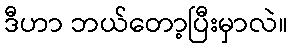
ဒီဟာ ဘယ်တော့ပြီးမှာလဲ။